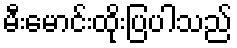
မီးမောင်းထိုးပြပါသည်